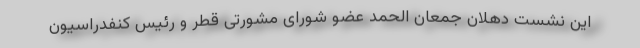
این نشست دهلان جمعان الحمد عضو شورای مشورتی قطر و رئیس کنفدراسیون